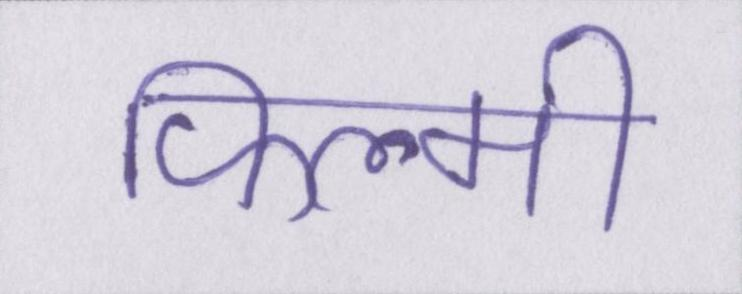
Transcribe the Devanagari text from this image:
फिल्मी